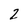
Character: 2